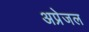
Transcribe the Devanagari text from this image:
अप्रेजल